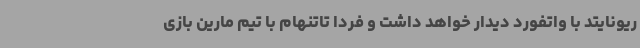
ریونایتد با واتفورد دیدار خواهد داشت و فردا تاتنهام با تیم مارین بازی